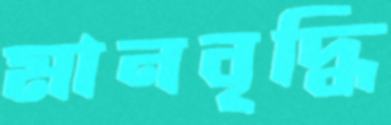
মানবৃদ্ধি